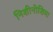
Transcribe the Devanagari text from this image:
निशीनोशिमा